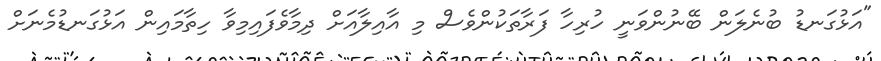
"އަޅުގަނޑު ބުނެލަން ބޭނުންވަނީ ހުރިހާ ފަރާތަކުންވެސް މި އާއިލާއަށް ދިމާވެފައިމިވާ ހިތާމައިން އަޅުގަނޑުމެނަށް